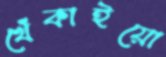
খেঁকাইয়ো